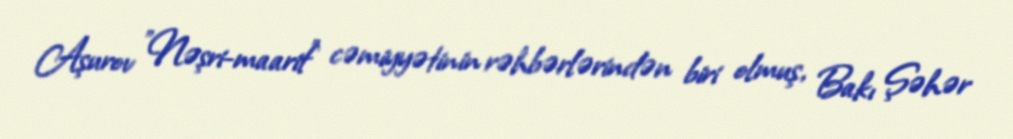
Aşurov "Nəşri-maarif" cəmiyyətinin rəhbərlərindən biri olmuş, Bakı Şəhər